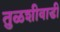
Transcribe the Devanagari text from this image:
तुळशीवाडी